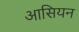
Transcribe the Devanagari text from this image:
आसियन